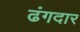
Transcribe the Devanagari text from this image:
ढंगदार